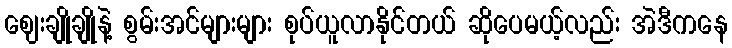
ဈေးချိုချိုနဲ့ စွမ်းအင်များများ စုပ်ယူလာနိုင်တယ် ဆိုပေမယ့်လည်း အဲဒီကနေ